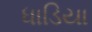
ધાડિયા